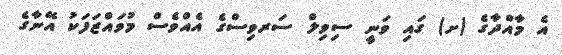
އެ މާއްދާގެ (ށ) ގައި ވަނީ ސިވިލް ސަރވިސްގެ އެއްވެސް މުވައްޒަފަކު އޭނާގެ